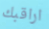
اراقبك